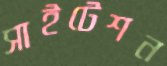
সাইটেশন